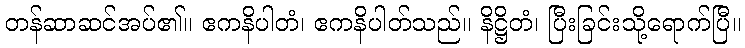
တန်ဆာဆင်အပ်၏။ ဧကနိပါတံ၊ ဧကနိပါတ်သည်။ နိဋ္ဌိတံ၊ ပြီးခြင်းသို့ရောက်ပြီ။